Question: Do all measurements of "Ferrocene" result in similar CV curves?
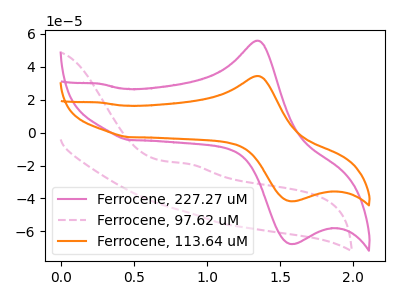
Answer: <think>The pink curve "Ferrocene, 227.27 uM" has an anodic peak at (1.35V, 55.90uA) and a cathodic peak at (1.55V, -67.65uA). The pink dashed curve "Ferrocene, 97.62 uM" has an anodic peak at: (0.85V, -18.85uA). The orange curve "Ferrocene, 113.64 uM" has an anodic peak at (1.35V, 34.45uA) and a cathodic peak at (1.55V, -41.70uA).
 "Ferrocene, 227.27 uM" and "Ferrocene, 97.62 uM" have a different number of peaks. All the peaks in "Ferrocene, 227.27 uM" have a peak in "Ferrocene, 113.64 uM" at the same potential. Every peak in "Ferrocene, 227.27 uM" is higher than every peak in "Ferrocene, 113.64 uM". "Ferrocene, 97.62 uM" and "Ferrocene, 113.64 uM" have a different number of peaks.</think>
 <answer>All the CV's of "Ferrocene" have similar shape.</answer>
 <eval>follow_rule</eval>